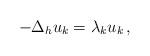
LaTeX: \begin{align*}-\Delta_hu_k=\lambda_k u_k\,,\end{align*}